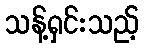
သန့်ရှင်းသည့်